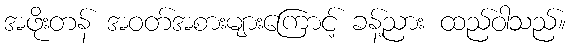
အဖိုးတန် အဝတ်အစားများကြောင့် ခန့်ညား ထည်ဝါသည်။